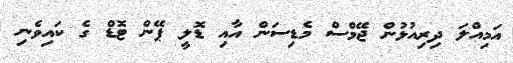
އަމިއްލަ ދިރިއުޅުން ޖޭމްސް މެޑިސަން އާއި ޑޮލީ ޕޭން ޓޮޑް ގެ ކައިވެނި